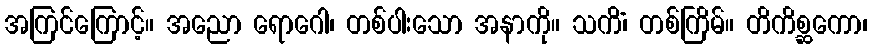
အကြင်ကြောင့်။ အညော ရောဂေါ၊ တစ်ပါးသော အနာကို။ သကိံ၊ တစ်ကြိမ်။ တိကိစ္ဆကော၊